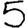
Digit: 5